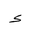
Letter: _hamza